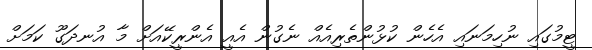
ޓީމުގައި ނުހިމަނައި އެހެން ކުޅުންތެރިއެއް ނެގުން އެއީ އެންރީކޭއަށް މާ އުނދަގޫ ކަމަށް